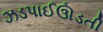
ઝડપાઈઊડતી